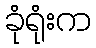
ခုံရုံးက